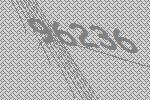
96236